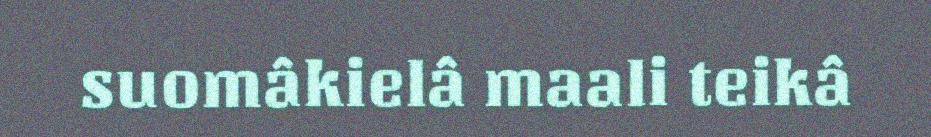
suomâkielâ maali teikâ